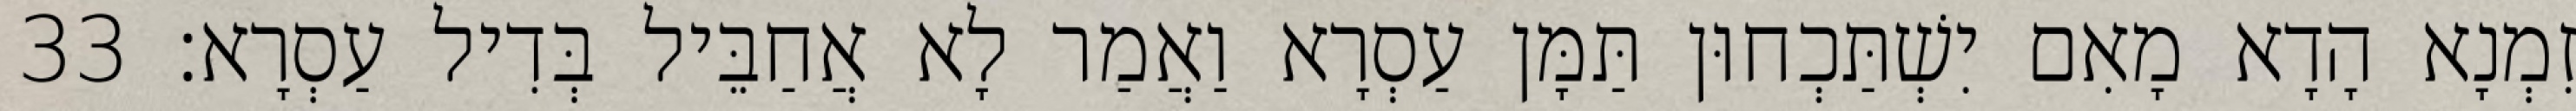
זִמְנָא הָדָא מָאִם יִשְׁתַּכְחוּן תַּמָּן עַסְרָא וַאֲמַר לָא אֲחַבֵּיל בְּדִיל עַסְרָא׃ 33